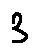
3